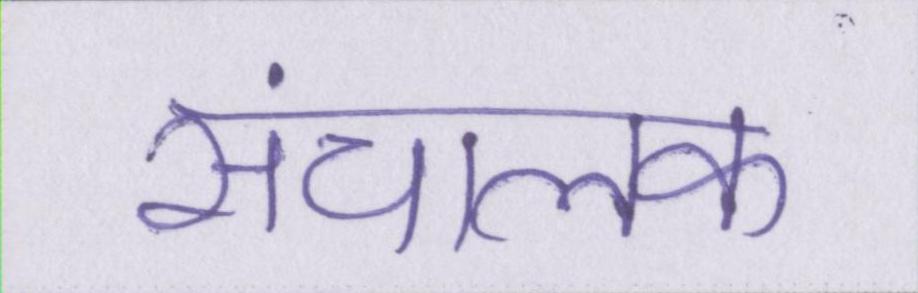
संचालक